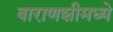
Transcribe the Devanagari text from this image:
वाराणशीमध्ये